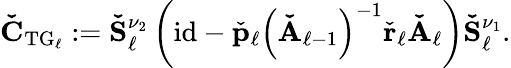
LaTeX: \begin{array}{r}{\boldsymbol{\mathbf{\check{C}}}_{\mathrm{TG}_{\ell}}:=\boldsymbol{\mathbf{\check{S}}}_{\ell}^{\nu_{2}}\left(\mathrm{id}-\check{\boldsymbol{\mathbf{p}}}_{\ell}\left(\boldsymbol{\mathbf{\check{A}}}_{\ell-1}\right)^{-1}\check{\boldsymbol{\mathbf{r}}}_{\ell}\boldsymbol{\mathbf{\check{A}}}_{\ell}\right)\boldsymbol{\mathbf{\check{S}}}_{\ell}^{\nu_{1}}.}\end{array}